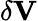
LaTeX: \delta\mathbf{V}